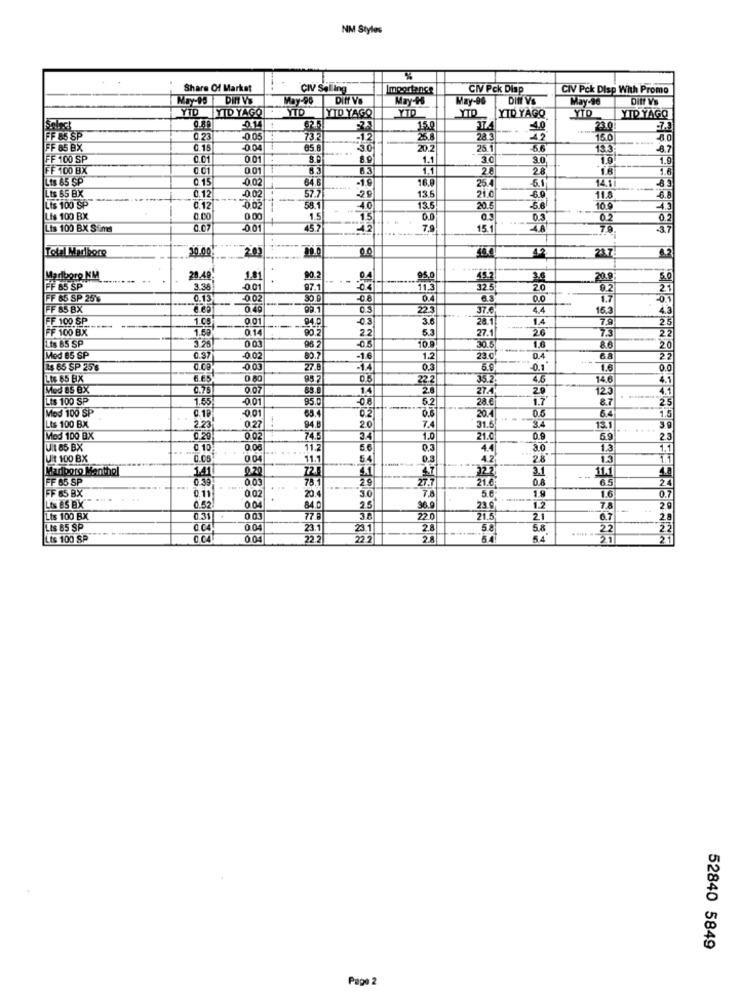
NM Styles
Share Of Market
CIV Selling
Importance
CIV Pck Disp
CIV Pck Disp With Promo
May-90
Diff VO
May-+'S
May-96
DIff V'S
May-96
Ditt Vs
YTD
YID YAGO
YTO
TYTO YAGO
YID
YID
YID YAGO
YTD YAGO
Select
15.0
23.0
85 SP
0.23
0 05
73.
26.8
28
42
15.0
FF 85 BX
0.15
-0.04
85.6
30
20.2
25.1
5.6
13.3
8.7
FF 100 SP
0.01
001
1.1
3.0
3.0
1.9
FF 100 BX
0.01
001
83
1.1
28
4.6
Lts 65 SP
0.15
0.02
64.6
-1.9
25.4
6.1
14.1
Lts 65 BX
0.12
0.02
20
13.5
21.C
Lts 100 SP
57.7
6.9
11.8
0.12
-0.02
58.1
13.5
20.5
5.6
10.9
Lis 100 BX
0.00
0.00
1.5
15
0.0
0.3
02
02
Lis 100 BX Sims
-001
45.7
42
7.9
15.1
4.A
70
-3.7
Total Medbore
30.00.
201
23.7
Marlboro KM
28.49
1.81
95.0
2.6
20.9
FF 85 SP
3.38
-0.01
97.1
11.3
325
20
2.1
FF 65 SP 26
0.13
-002
30.0
04
0.0
1.7
01
FF 85 8X
049
99.1
03
22.3
37.€
4.4
16,3
4.3
FF 100 SP
1 65
0 01
94.0
03
3.6
28.1
1.4
7.9
25
FF 100 BX
---
1.60
0 14
90.2
2.2
5.3
27.1
26
7.3
22
003
10.9
1.6
Lis 85 SP
3.25
0.5
30.5
86
20
Med 65 SP
0.37
-0.02
1.6
12
23.0
0.4
6A
22
24 65 SP 256
C.Ce
-0.03
27.8
14
5.0
-0.1
00
Lis 65 BX
EES
95 7
0.5
22 2
35.2
14.6
Mod 85 BX
0.75
0.07
14
2.8
27.4
2.9
125
Lis 100 SP
1.55,
-0.01
95.0
-0.8
28.6
1.7
8.7
25
Mod 100 SP
001
02
20.4
0.6
6.4
1.5
0.19
0.27
1
7.4
34
Lts 100 BX
2.23
94.8
20
31.6
13.1
Mod 100 BX
002
74.5
34
10
21.0
0.9
6.9
23
Uit 85 BX
0.08
11.2
0.3
4.4
a0
1.3
1.1
Uit 100 BX
0.05
0 04
11.1
54
0.3
42
28
1.1
Marlboro Mantopl
141
0.20
72.
4.7
32 2
3.1
11.1
4.8
FF 65 SP
0.39
0.05
2.9
27.7
21.0
6.5
FF 65 BX
0.11
0.02
20.4
-----
3.0
7.8
1.9
1.6
0.7
5.0
Lts ÈS BX
0.52
0.04
84.0
25
30.9
23.9
1.2
7.8
Lis 100 BX
720
21.5
21
6.7
2.8
Lis 65 SP
0.04
0.04
23.1
23.1
28
5.8
5.8
22
Lts 100 SP
0.04
004
2.8
54
21
21
52840 5849
Page 2